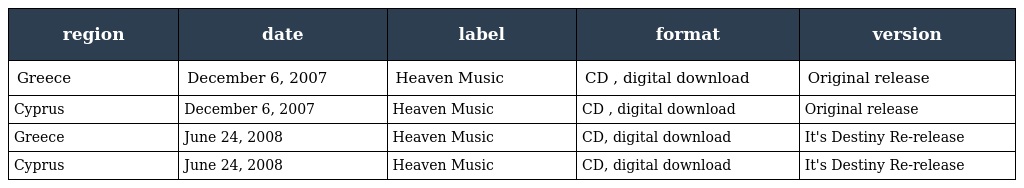
| region | date | label | format | version |
 | --- | --- | --- | --- | --- |
 | Greece | December 6, 2007 | Heaven Music | CD , digital download | Original release |
 | Cyprus | December 6, 2007 | Heaven Music | CD , digital download | Original release |
 | Greece | June 24, 2008 | Heaven Music | CD, digital download | It's Destiny Re-release |
 | Cyprus | June 24, 2008 | Heaven Music | CD, digital download | It's Destiny Re-release |